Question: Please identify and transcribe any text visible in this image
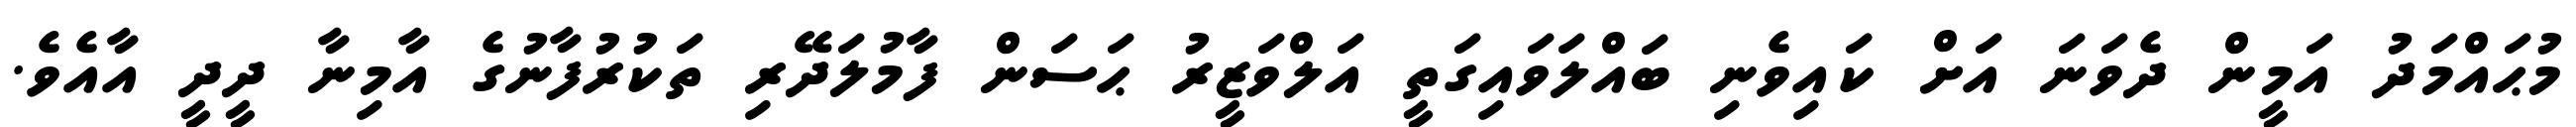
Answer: މުޙައްމަދު އަމީން ދެވަނަ އަށް ކައިވެނި ބައްލަވައިގަތީ އަލްވަޒީރު ޙަސަން ފާމުލަދޭރި ތަކުރުފާނުގެ އާމިނާ ދީދީ އާއެވެ.